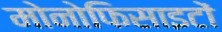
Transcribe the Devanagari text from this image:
मोनोफिसाइटों